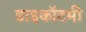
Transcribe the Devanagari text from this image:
डाइकॉटमी